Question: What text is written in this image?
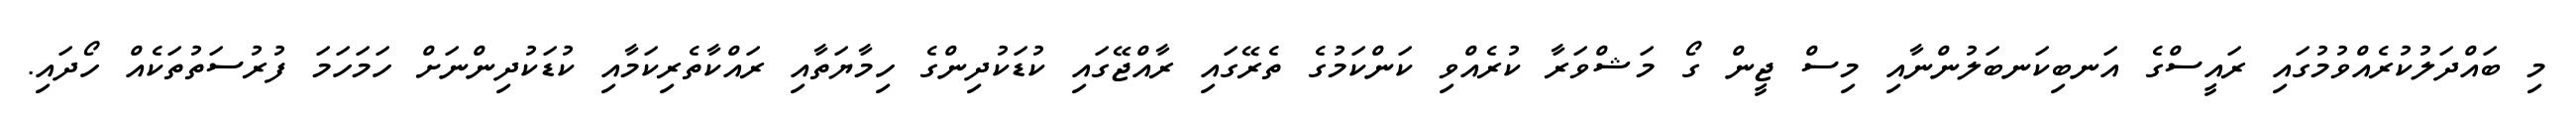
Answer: މި ބައްދަލުކުރެއްވުމުގައި ރައީސްގެ އަނބިކަނބަލުންނާއި މިސް ޖީން ގޯ މަޝްވަރާ ކުރެއްވި ކަންކަމުގެ ތެރޭގައި ރާއްޖޭގައި ކުޑަކުދިންގެ ހިމާޔަތާއި ރައްކާތެރިކަމާއި ކުޑަކުދިންނަށް ހަމަހަމަ ފުރުސަތުތަކެއް ހޯދައި.